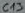
Text: C13